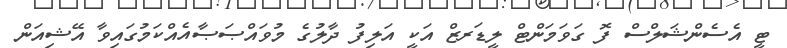
ޓީ އެސެންޝަލްސް ފޮ ގަވަމަންޓް ލީޑަރޒް އަކީ އަލިފު ދާލުގެ މުވައްޞަޞާއެއްކަމުގައިވާ އޭޝިއަން